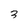
Character: 3